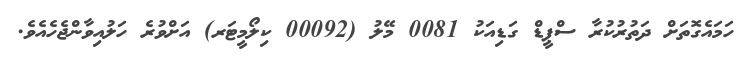
ހަމައެގޮތަށް ދަތުރުކުރާ ސްޕީޑް ގަޑިއަކު 0081 މޭލު (00092 ކިލޯމީޓަރ) އަށްވުރެ ހަލުއިވާންޖެހެއެވެ.